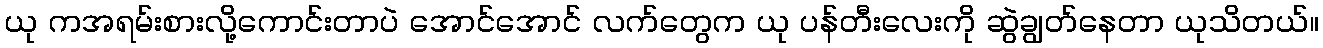
ယု ကအရမ်းစားလို့ကောင်းတာပဲ အောင်အောင် လက်တွေက ယု ပန်တီးလေးကို ဆွဲချွတ်နေတာ ယုသိတယ်။